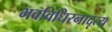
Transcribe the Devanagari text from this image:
भवविधिरनादृत्य